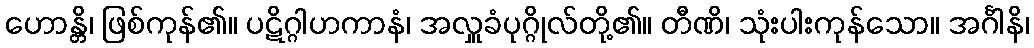
ဟောန္တိ၊ ဖြစ်ကုန်၏။ ပဋိဂ္ဂါဟကာနံ၊ အလှူခံပုဂ္ဂိုလ်တို့၏။ တီဏိ၊ သုံးပါးကုန်သော။ အင်္ဂါနိ၊